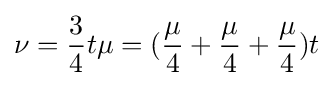
\nu ={3 \over 4}t\mu =({\mu  \over 4}+{\mu  \over 4}+{\mu  \over 4})t